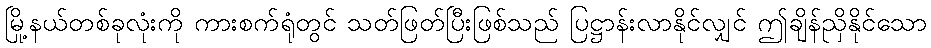
မြို့နယ်တစ်ခုလုံးကို ကားစက်ရုံတွင် သတ်ဖြတ်ပြီးဖြစ်သည် ပြဋ္ဌာန်းလာနိုင်လျှင် ဤချိန်ညှိနိုင်သော